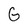
Character: G